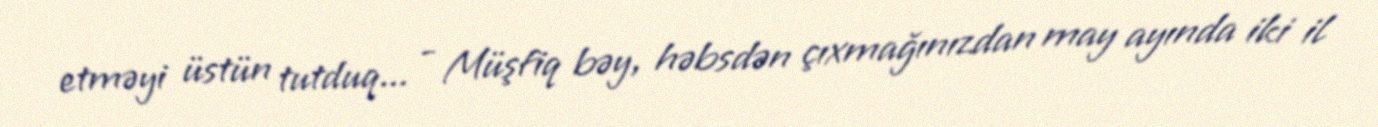
etməyi üstün tutduq... - Müşfiq bəy, həbsdən çıxmağınızdan may ayında iki il